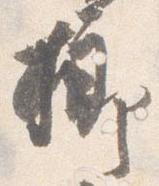
榔